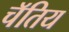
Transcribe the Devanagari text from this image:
चॅतिय